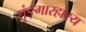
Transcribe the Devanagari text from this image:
शृंङ्गारहास्य